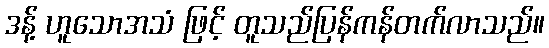
ဒန့် ဟူသောအသံ ဖြင့် တူသည်ပြန်ကန်တက်လာသည်။